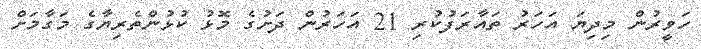
ހަވީރުން މިދިޔަ އަހަރު ތައާރަފުކުރި 21 އަހަރުން ދަށުގެ މޮޅު ކުޅުންތެރިޔާގެ މަގާމަށް